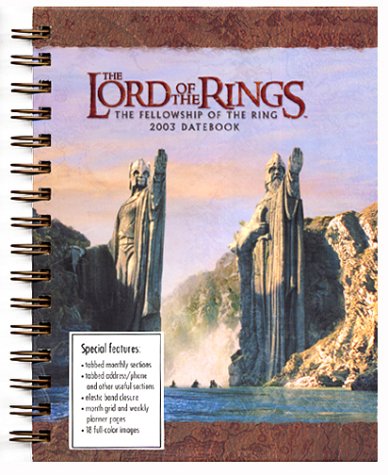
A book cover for Lord of the Rings Datebook (2003); Calendars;